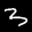
Label: 3